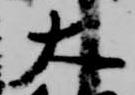
大